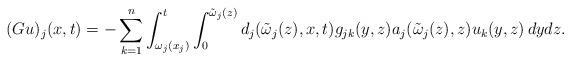
LaTeX: \begin{align*}(Gu)_j(x,t)= -\sum_{k=1}^{n}\int_{\omega_j(x_j)}^{t}\int_{0}^{\tilde{\omega}_j(z)}d_{j}(\tilde{\omega}_j(z),x,t)g_{jk}(y,z)a_j(\tilde{\omega}_{j}(z),z)u_{k}(y,z)\, dydz.\end{align*}